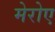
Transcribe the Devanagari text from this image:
मेरोए